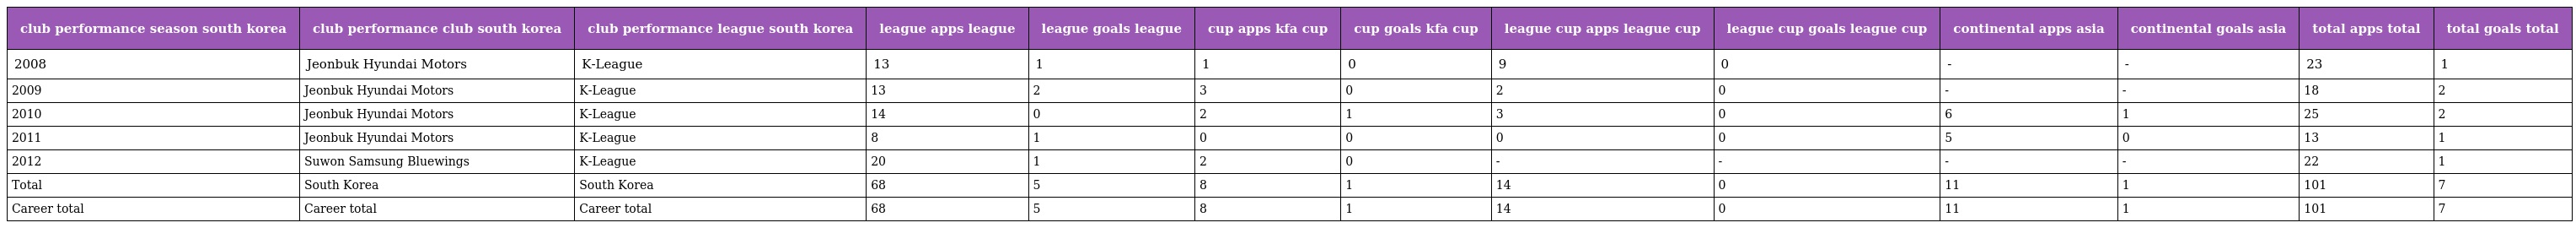
| club performance season south korea | club performance club south korea | club performance league south korea | league apps league | league goals league | cup apps kfa cup | cup goals kfa cup | league cup apps league cup | league cup goals league cup | continental apps asia | continental goals asia | total apps total | total goals total |
 | --- | --- | --- | --- | --- | --- | --- | --- | --- | --- | --- | --- | --- |
 | 2008 | Jeonbuk Hyundai Motors | K-League | 13 | 1 | 1 | 0 | 9 | 0 | - | - | 23 | 1 |
 | 2009 | Jeonbuk Hyundai Motors | K-League | 13 | 2 | 3 | 0 | 2 | 0 | - | - | 18 | 2 |
 | 2010 | Jeonbuk Hyundai Motors | K-League | 14 | 0 | 2 | 1 | 3 | 0 | 6 | 1 | 25 | 2 |
 | 2011 | Jeonbuk Hyundai Motors | K-League | 8 | 1 | 0 | 0 | 0 | 0 | 5 | 0 | 13 | 1 |
 | 2012 | Suwon Samsung Bluewings | K-League | 20 | 1 | 2 | 0 | - | - | - | - | 22 | 1 |
 | Total | South Korea | South Korea | 68 | 5 | 8 | 1 | 14 | 0 | 11 | 1 | 101 | 7 |
 | Career total | Career total | Career total | 68 | 5 | 8 | 1 | 14 | 0 | 11 | 1 | 101 | 7 |